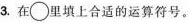
3.在\bigcirc 里填上合适的运算符号。